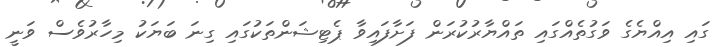
ގައި އިއްޔެގެ ވަގުތެއްގައި ތައްޔާރުކުރަން ފަށާފައިވާ ޕެޓިޝަންތަކުގައި ގިނަ ބަޔަކު މިހާރުވެސް ވަނީ